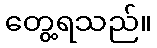
တွေ့ရသည်။